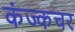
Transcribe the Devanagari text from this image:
कंज्कचर